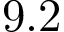
9 . 2